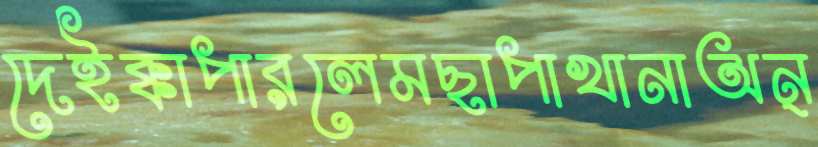
দেইক্কাপারলেমছাপাখানাঅন্